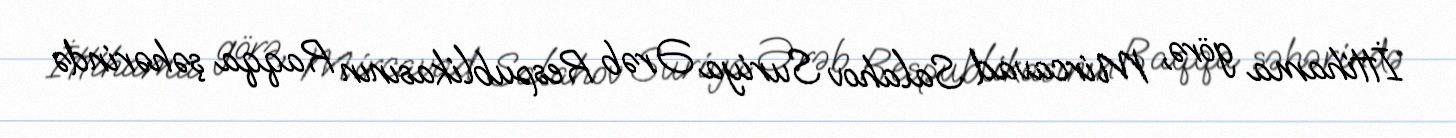
İttihama görə, Mircavad Salahov Suriya Ərəb Respublikasının Raqqa şəhərində